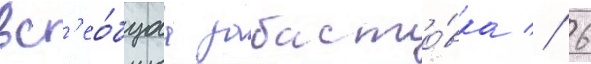
вс'ео́бщаа забасто́вка // 6